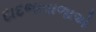
દાદભાવાળાએ